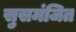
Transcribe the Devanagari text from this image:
सुसमंजित